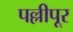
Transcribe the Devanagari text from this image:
पल्लीपूर